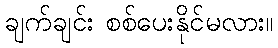
ချက်ချင်း စစ်ပေးနိုင်မလား။